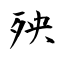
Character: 殃